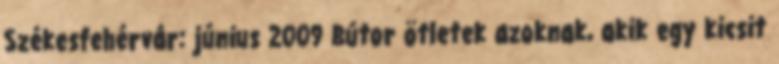
Székesfehérvár: június 2009 Bútor ötletek azoknak, akik egy kicsit